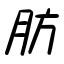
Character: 肪